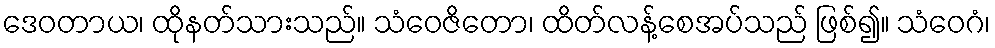
ဒေဝတာယ၊ ထိုနတ်သားသည်။ သံဝေဇိတော၊ ထိတ်လန့်စေအပ်သည် ဖြစ်၍။ သံဝေဂံ၊